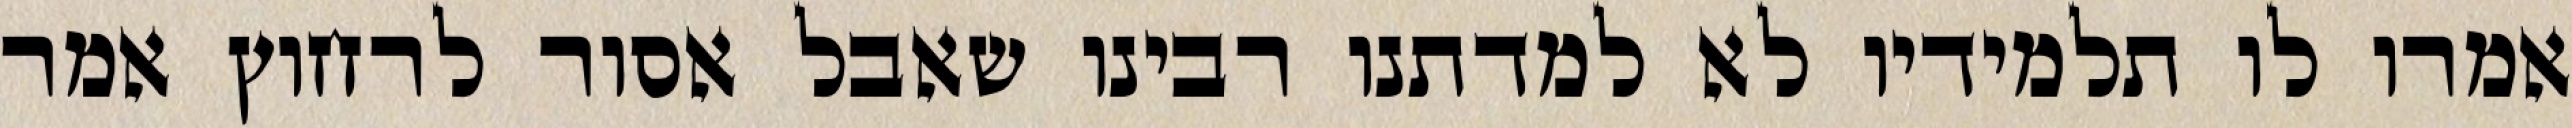
אמרו לו תלמידיו לא למדתנו רבינו שאבל אסור לרחוץ אמר